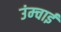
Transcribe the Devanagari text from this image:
उंम्चाई